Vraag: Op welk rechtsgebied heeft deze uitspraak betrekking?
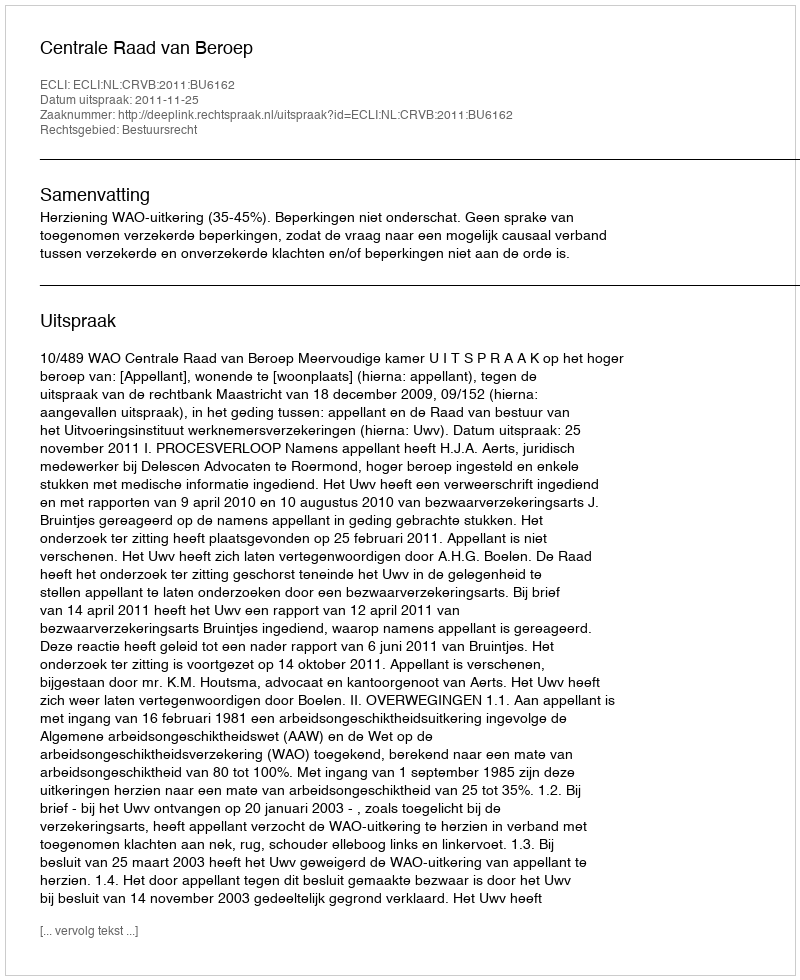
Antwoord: Bestuursrecht